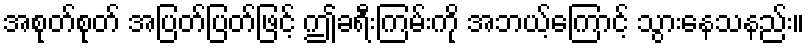
အစုတ်စုတ် အပြတ်ပြတ်ဖြင့် ဤခရီးကြမ်းကို အဘယ့်ကြောင့် သွားနေသနည်း။